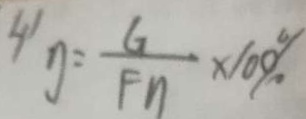
g = \frac { G } { F n } \times 1 0 0 \%